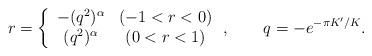
LaTeX: \begin{align*}r = \left\{ \begin{array}{cc} -(q^2)^\alpha & (-1<r<0) \\ (q^2)^\alpha & (0<r<1) \end{array} \right., \qquad q = -e^{-\pi K'/K}.\end{align*}